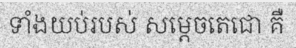
ទាំងយប់របស់ សម្តេចតេជោ គឺ